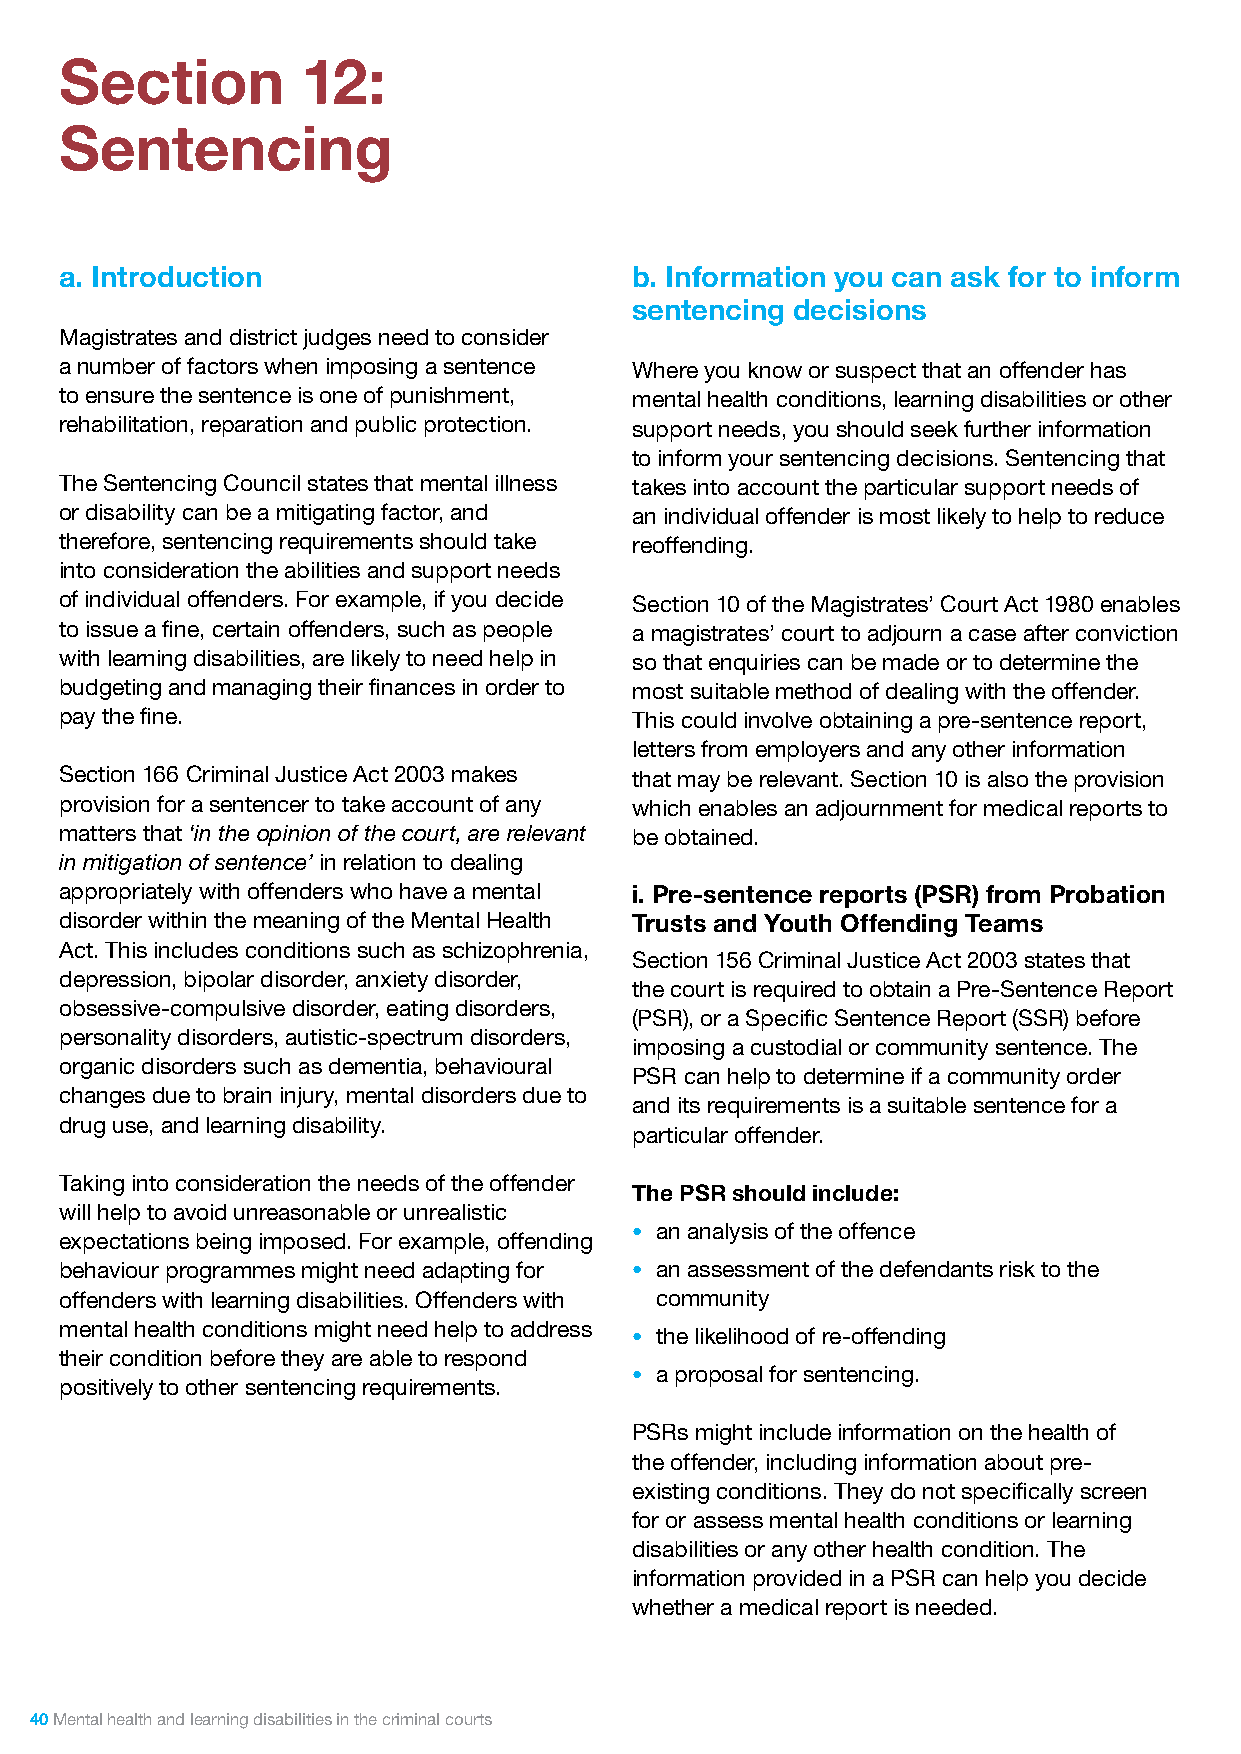
Section         12:
 Sentencing
 a. Introduction                       b. Information you can ask for to inform
 sentencing decisions
 Magistrates and district judges need to consider
 a number of factors when imposing a sentence Where you know or suspect that an offender has
 to ensure the sentence is one of punishment, mental health conditions, learning disabilities or other
 rehabilitation, reparation and public protection. support needs, you should seek further information
 to inform your sentencing decisions. Sentencing that
 The Sentencing Council states that mental illness takes into account the particular support needs of
 or disability can be a mitigating factor, and an individual offender is most likely to help to reduce
 therefore, sentencing requirements should take reoffending.
 into consideration the abilities and support needs
 of individual offenders. For example, if you decide Section 10 of the Magistrates’ Court Act 1980 enables
 to issue a fine, certain offenders, such as people a magistrates’ court to adjourn a case after conviction
 with learning disabilities, are likely to need help in so that enquiries can be made or to determine the
 budgeting and managing their finances in order to most suitable method of dealing with the offender.
 pay the fine.                         This could involve obtaining a pre-sentence report,
 letters from employers and any other information
 Section 166 Criminal Justice Act 2003 makes that may be relevant. Section 10 is also the provision
 provision for a sentencer to take account of any which enables an adjournment for medical reports to
 matters that ‘in the opinion of the court, are relevant be obtained.
 in mitigation of sentence’ in relation to dealing
 appropriately with offenders who have a mental i. Pre-sentence reports (PSR) from Probation
 disorder within the meaning of the Mental Health Trusts and Youth Offending Teams
 Act. This includes conditions such as schizophrenia,
 Section 156 Criminal Justice Act 2003 states that
 depression, bipolar disorder, anxiety disorder,
 the court is required to obtain a Pre-Sentence Report
 obsessive-compulsive disorder, eating disorders,
 (PSR), or a Specific Sentence Report (SSR) before
 personality disorders, autistic-spectrum disorders,
 imposing a custodial or community sentence. The
 organic disorders such as dementia, behavioural
 PSR can help to determine if a community order
 changes due to brain injury, mental disorders due to
 and its requirements is a suitable sentence for a
 drug use, and learning disability.
 particular offender.
 Taking into consideration the needs of the offender
 The PSR should include:
 will help to avoid unreasonable or unrealistic
 • an analysis of the offence
 expectations being imposed. For example, offending
 behaviour programmes might need adapting for • an assessment of the defendants risk to the
 offenders with learning disabilities. Offenders with community
 mental health conditions might need help to address
 • the likelihood of re-offending
 their condition before they are able to respond
 • a proposal for sentencing.
 positively to other sentencing requirements.
 PSRs might include information on the health of
 the offender, including information about pre-
 existing conditions. They do not specifically screen
 for or assess mental health conditions or learning
 disabilities or any other health condition. The
 information provided in a PSR can help you decide
 whether a medical report is needed.
 40 Mental health and learning disabilities in the criminal courts